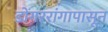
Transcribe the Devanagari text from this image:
डोंगररांगापासून